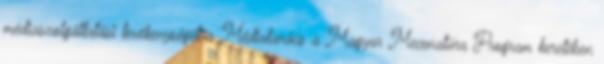
médiaszolgáltatási tevékenységét a Médiatanács a Magyar Mecenatúra Program keretében